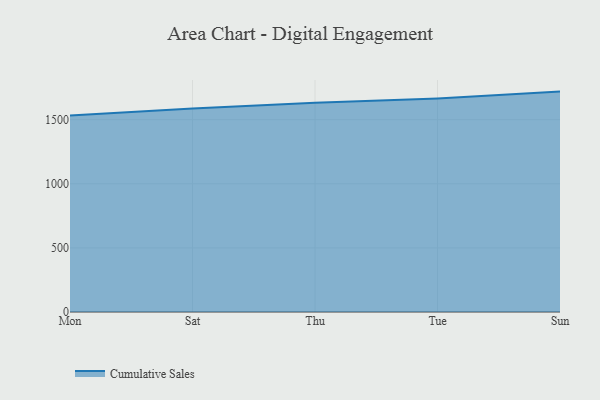
{"axis": {"x": "Day", "y": "Active Users"}, "legend": ["Cumulative Sales"], "data": [{"x": "Mon", "y": 1532.4, "type": "Cumulative Sales"}, {"x": "Sat", "y": 1586.5, "type": "Cumulative Sales"}, {"x": "Thu", "y": 1631.9, "type": "Cumulative Sales"}, {"x": "Tue", "y": 1664.9, "type": "Cumulative Sales"}, {"x": "Sun", "y": 1718.8, "type": "Cumulative Sales"}]}